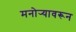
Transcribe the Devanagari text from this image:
मनोर्‍यावरून